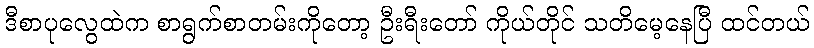
ဒီစာပုလွေထဲက စာရွက်စာတမ်းကိုတော့ ဦးရီးတော် ကိုယ်တိုင် သတိမေ့နေပြီ ထင်တယ်